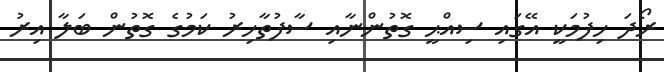
ރޯދަ ހިފުމަކީ އޭގައި ސިއްޙީ ގޮތުންނާއި ސާފުތާހިރު ކަމުގެ ގޮތުން ބަލާ އިރު